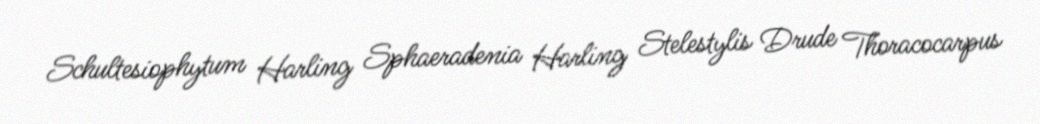
Schultesiophytum Harling Sphaeradenia Harling Stelestylis Drude Thoracocarpus